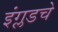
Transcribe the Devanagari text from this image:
इंग्लडचे